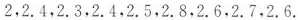
2，2.4，2.3，2.4，2.5，2.8，2.6.2.7.2.6.